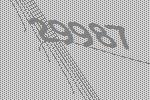
29987